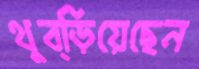
থুব্‌ড়িয়েছেন